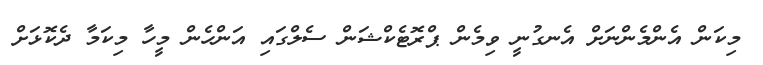
މިކަން އެންމެންނަށް އެނގުނީ ވިމެން ޕްރޮޓެކްޝަން ސެލްގައި އަންހެން މީހާ މިކަމާ ދެކޮޅަށް